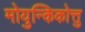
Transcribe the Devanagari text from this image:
मोयुन्किकोत्तु